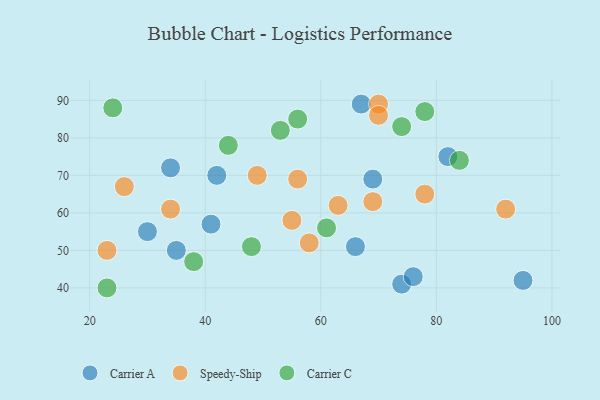
{"axis": {"x": "GDP", "y": "Life Expectancy"}, "legend": ["Carrier A", "Carrier C", "Speedy-Ship"], "data": [{"x": "66", "y": 51, "type": "Carrier A"}, {"x": "69", "y": 69, "type": "Carrier A"}, {"x": "41", "y": 57, "type": "Carrier A"}, {"x": "74", "y": 41, "type": "Carrier A"}, {"x": "76", "y": 43, "type": "Carrier A"}, {"x": "67", "y": 89, "type": "Carrier A"}, {"x": "95", "y": 42, "type": "Carrier A"}, {"x": "34", "y": 72, "type": "Carrier A"}, {"x": "30", "y": 55, "type": "Carrier A"}, {"x": "35", "y": 50, "type": "Carrier A"}, {"x": "42", "y": 70, "type": "Carrier A"}, {"x": "82", "y": 75, "type": "Carrier A"}, {"x": "70", "y": 89, "type": "Speedy-Ship"}, {"x": "69", "y": 63, "type": "Speedy-Ship"}, {"x": "55", "y": 58, "type": "Speedy-Ship"}, {"x": "58", "y": 52, "type": "Speedy-Ship"}, {"x": "23", "y": 50, "type": "Speedy-Ship"}, {"x": "49", "y": 70, "type": "Speedy-Ship"}, {"x": "92", "y": 61, "type": "Speedy-Ship"}, {"x": "56", "y": 69, "type": "Speedy-Ship"}, {"x": "26", "y": 67, "type": "Speedy-Ship"}, {"x": "70", "y": 86, "type": "Speedy-Ship"}, {"x": "78", "y": 65, "type": "Speedy-Ship"}, {"x": "34", "y": 61, "type": "Speedy-Ship"}, {"x": "63", "y": 62, "type": "Speedy-Ship"}, {"x": "84", "y": 74, "type": "Carrier C"}, {"x": "56", "y": 85, "type": "Carrier C"}, {"x": "74", "y": 83, "type": "Carrier C"}, {"x": "48", "y": 51, "type": "Carrier C"}, {"x": "78", "y": 87, "type": "Carrier C"}, {"x": "23", "y": 40, "type": "Carrier C"}, {"x": "53", "y": 82, "type": "Carrier C"}, {"x": "38", "y": 47, "type": "Carrier C"}, {"x": "44", "y": 78, "type": "Carrier C"}, {"x": "24", "y": 88, "type": "Carrier C"}, {"x": "61", "y": 56, "type": "Carrier C"}]}